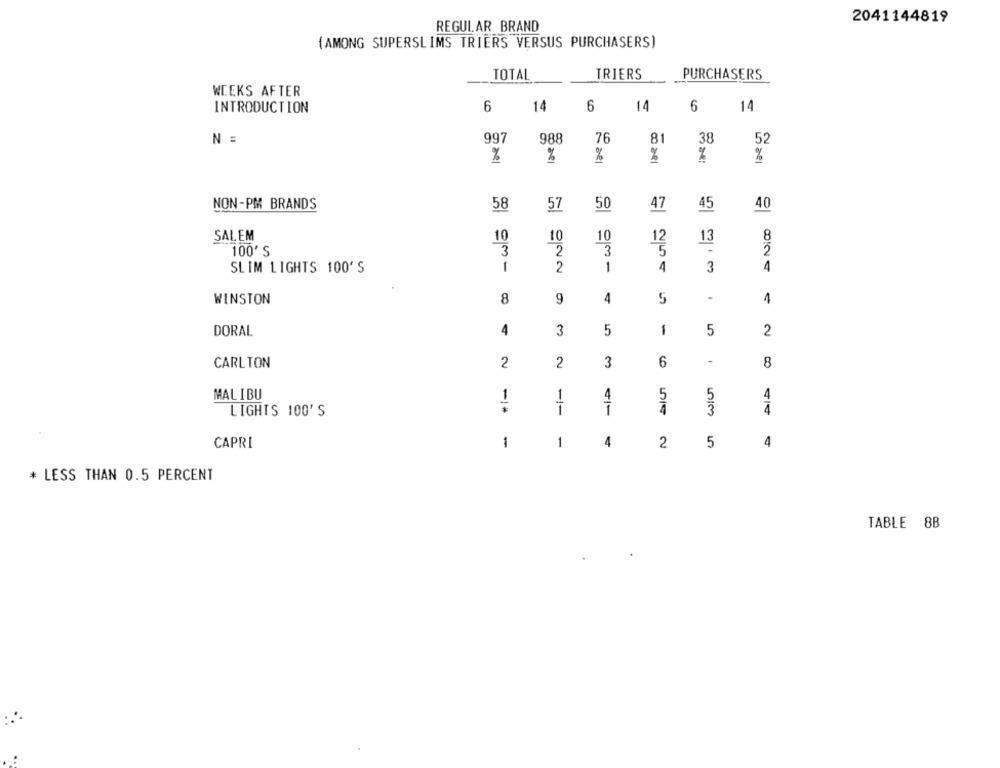
2041144819
REGULAR BRAND
(AMONG SUPERSLIMS TRIERS VERSUS PURCHASERS)
TOTAL
TRIERS
PURCHASERS
WEEKS AFTER
6
14
6
14
6
14
INTRODUCTION
997
76
N =
988
81
38
52
%
%
%
%
%
NON-PM BRANDS
58
57
50
47
45
40
SALEM
10
10
10
13
8
12
5
100' S
3
2
3
5
-
SLIM LIGHTS 100'S
2
1
4
3
4
WINSTON
8
9
4
5
-
4
DORAL
4
5
1
3
5
2
-
CARLTON
2
2
3
6
8
MAL I BU
1
1
4
5
5
4
LIGHTS 100'S
4
CAPRI
1
1
4
2
5
4
* LESS THAN 0.5 PERCENT
TABLE 8B